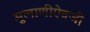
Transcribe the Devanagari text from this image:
मुलाणीऐवजी